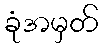
ခုံအမှတ်